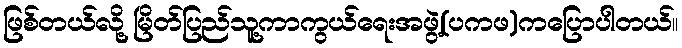
ဖြစ်တယ်လို့ မြိတ်ပြည်သူ့ကာကွယ်ရေးအဖွဲ့(ပကဖ)ကပြောပါတယ်။